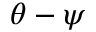
\theta - \psi